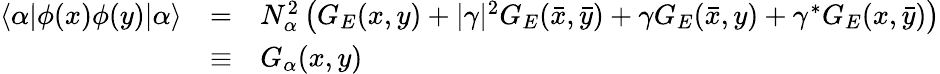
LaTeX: \begin{array}{lll}{{\langle\alpha|\phi(x)\phi(y)|\alpha\rangle}}&{{=}}&{{N_{\alpha}^{2}\left(G_{E}(x,y)+|\gamma|^{2}G_{E}(\bar{x},\bar{y})+\gamma G_{E}(\bar{x},y)+\gamma^{*}G_{E}(x,\bar{y})\right)}}\\ {{}}&{{\equiv}}&{{G_{\alpha}(x,y)}}\end{array}